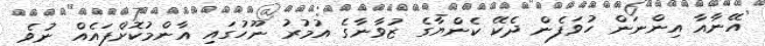
އޭނާއާ އިންނަން ހުވަފެން ދެކޭ ކެންޔާގެ ޒުވާނާގެ އުމުރު ނޫހުގައި އާންމުކޮށްފައެއް ނުވެ